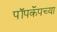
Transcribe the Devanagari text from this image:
पॉपकॅपच्या